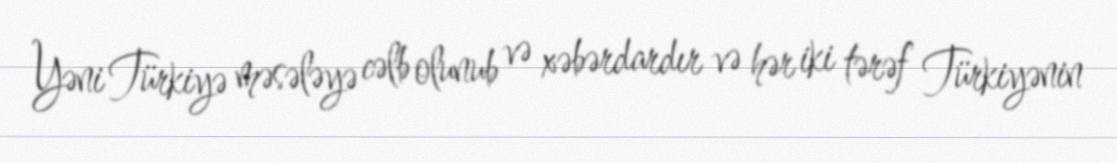
Yəni Türkiyə məsələyə cəlb olunub və xəbərdardır və hər iki tərəf Türkiyənin